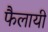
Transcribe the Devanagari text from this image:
फैलायीं